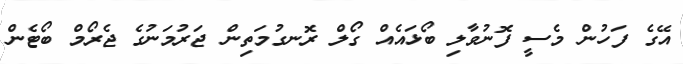
އޭގެ ފަހުން މެސީ ފޮނުވާލި ބޯޅައެއް ގޯލް ރޮނގުމަތިން ޖަރުމަނުގެ ޖެރޯމް ބޯޓެން